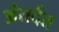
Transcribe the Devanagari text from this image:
अंतर्दत